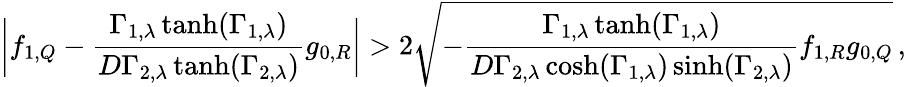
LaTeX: \bigg|f_{1,Q}-\frac{\Gamma_{1,\lambda}\operatorname{tanh}(\Gamma_{1,\lambda})}{D\Gamma_{2,\lambda}\operatorname{tanh}(\Gamma_{2,\lambda})}g_{0,R}\bigg|>2\sqrt{-\frac{\Gamma_{1,\lambda}\operatorname{tanh}(\Gamma_{1,\lambda})}{D\Gamma_{2,\lambda}\cosh(\Gamma_{1,\lambda})\sinh(\Gamma_{2,\lambda})}f_{1,R}g_{0,Q}}\, ,